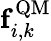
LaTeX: {\mathbf f}_{i,k}^{\mathrm{QM}}